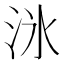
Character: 𬇟